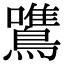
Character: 鷕